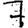
Digit: 7